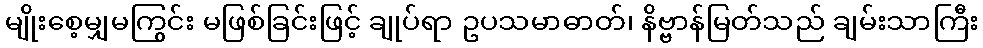
မျိုးစေ့မျှမကြွင်း မဖြစ်ခြင်းဖြင့် ချုပ်ရာ ဥပသမာဓာတ်၊ နိဗ္ဗာန်မြတ်သည် ချမ်းသာကြီး